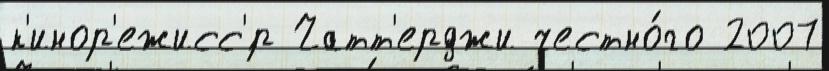
к'инор'ежисс'́р Чатт'ерджи честно́го 2007